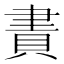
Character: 𧶁